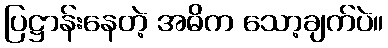
ပြဋ္ဌာန်းနေတဲ့ အဓိက သော့ချက်ပဲ။